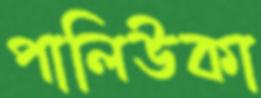
পালিউকা